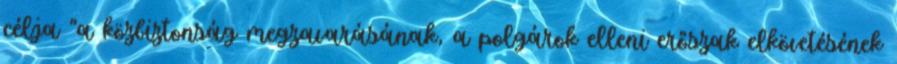
célja "a közbiztonság megzavarásának, a polgárok elleni erőszak elkövetésének